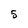
Character: 5